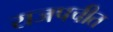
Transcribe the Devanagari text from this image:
राजपचीत